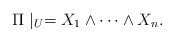
\begin{align*} \Pi\mid_U= X_1\wedge\cdots\wedge X_n.\end{align*}